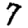
Digit: 7